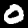
Digit: 0